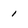
Character: 1